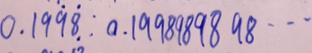
0 . 1 9 \dot { 9 } \dot { 8 } : 0 . 1 9 9 8 9 8 9 8 9 8 \cdots